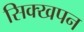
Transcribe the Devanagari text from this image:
सिक्खपन